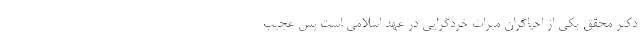
دکتر محقق یکی از احیاگران میراث خردگرایی در عهد اسلامی است پس عجیب